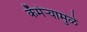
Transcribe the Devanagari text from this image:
कॅमेऱ्यामुळे